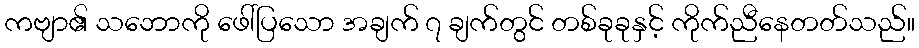
ကဗျာ၏ သဘောကို ဖေါ်ပြသော အချက် ၇ ချက်တွင် တစ်ခုခုနှင့် ကိုက်ညီနေတတ်သည်။